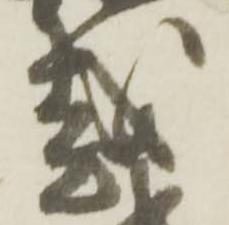
越